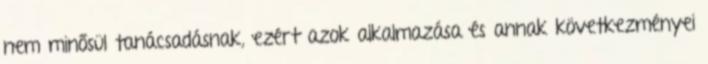
nem minősül tanácsadásnak, ezért azok alkalmazása és annak következményei